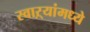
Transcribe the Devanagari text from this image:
स्वाऱ्यांमध्ये